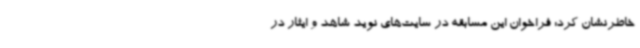
خاطرنشان کرد: فراخوان این مسابقه در سایت‌های نوید شاهد و ایثار در